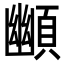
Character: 䫜